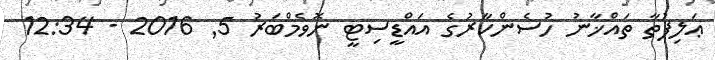
ޢަލިފުތާ ތައްޚާނު ހުސެންކާރުގެ އައްޑީސިޓީ ނޮވެމްބަރު 5